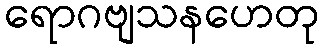
ရောဂဗျသနဟေတု